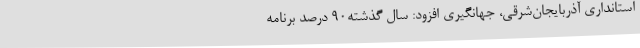
استانداری آذربایجان‌شرقی، جهانگیری افزود: سال گذشته90 درصد برنامه